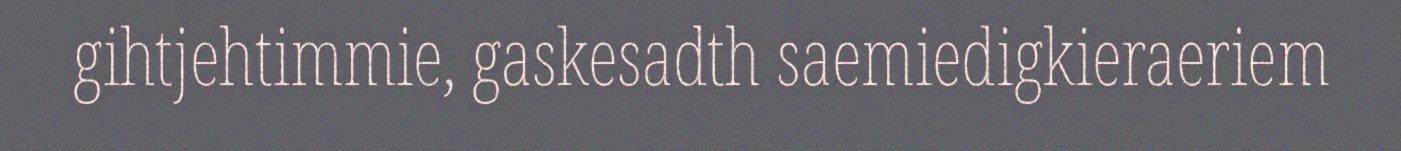
gihtjehtimmie, gaskesadth saemiedigkieraeriem